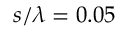
s / \lambda = 0 . 0 5